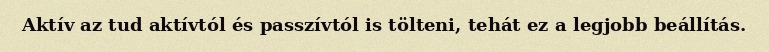
Aktív az tud aktívtól és passzívtól is tölteni, tehát ez a legjobb beállítás.